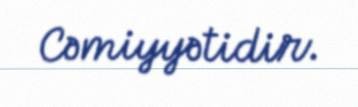
Cəmiyyətidir.